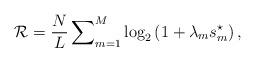
LaTeX: \begin{align*}{\mathcal{R}}_{}=\frac{N}{L}\sum\nolimits_{m=1}^{M}\log_2\left(1+\lambda_ms_m^{\star}\right),\end{align*}